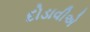
દોડાવીએ